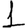
Digit: 1